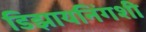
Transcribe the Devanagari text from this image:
डिझायनिंगशी